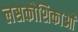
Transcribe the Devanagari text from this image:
लसकोशिकाओं